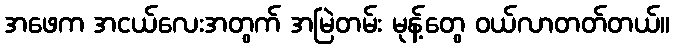
အဖေက အငယ်လေးအတွက် အမြဲတမ်း မုန့်တွေ ဝယ်လာတတ်တယ်။